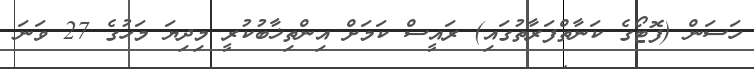
ހަސަން (ފޮޓޯގެ ކަނާތްފަރާތުގައި) ރައީސް ކަމަށް އިންތިޚާބުކުރީ މިދިޔަ މަހުގެ 27 ވަނަ